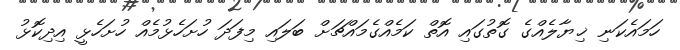
ހަމައެކަނި ޚިޔާލެއްގެ ގޮތުގައި އޮތް ކަމެއްގެމައްޗަށް ބަލައި މިފަދަ ހުށަހެޅުމެއް ހުށަހެޅީ އިދިކޮޅު